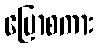
ပြောစကား